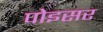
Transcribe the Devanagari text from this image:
पोइसर